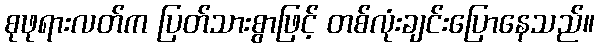
စုဖုရားလတ်က ပြတ်သားစွာဖြင့် တစ်လုံးချင်းပြောနေသည်။